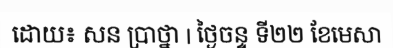
ដោយ៖ សន ប្រាថ្នា | ថ្ងៃចន្ទ ទី២២ ខែមេសា